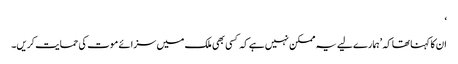
‘
ان کا کہنا تھا کہ ’ہمارے لیے یہ ممکن نہیں ہے کہ کسی بھی ملک میں سزائے موت کی حمایت کریں۔